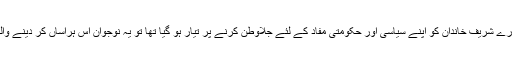
یہ وہی حمزہ شہبازہے کہ جب ایک آمر پورے شریف خاندان کو اپنے سیاسی اور حکومتی مفاد کے لئے جلاوطن کرنے پر تیار ہو گیا تھا تو یہ نوجوان اس ہراساں کر دینے والے وقت میںبھی اپنے وطن میں ہی رہا تھا۔